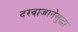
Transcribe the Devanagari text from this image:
दरवाजानेसुद्धा